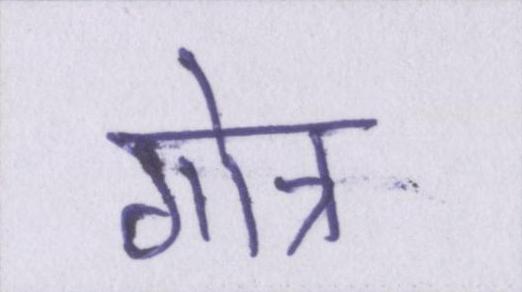
गोत्र